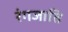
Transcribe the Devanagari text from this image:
रंगजाति